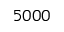
5 0 0 0